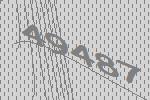
49487